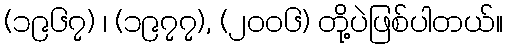
(၁၉၆၇) ၊ (၁၉၇၇), (၂၀၀၆) တို့ပဲဖြစ်ပါတယ်။